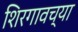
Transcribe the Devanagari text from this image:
शिरगावच्या